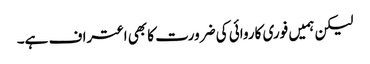
لیکن ہمیں فوری کاروائی کی ضرورت کا بھی اعتراف ہے۔